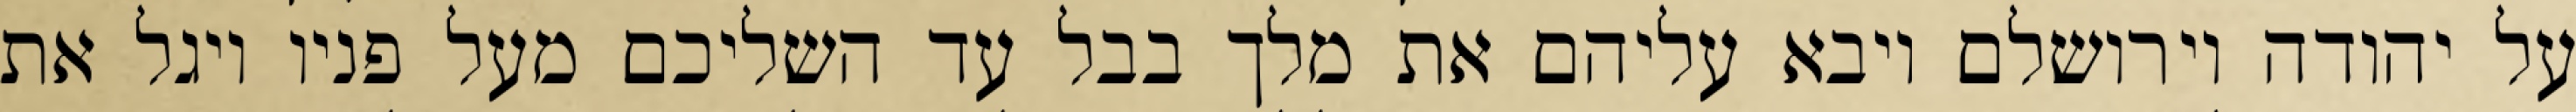
על יהודה וירושלם ויבא עליהם את מלך בבל עד השליכם מעל פניו ויגל את